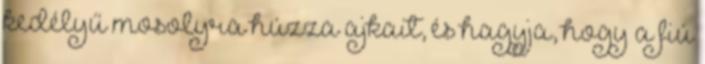
kedélyű mosolyra húzza ajkait, és hagyja, hogy a fiú